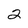
Character: 2